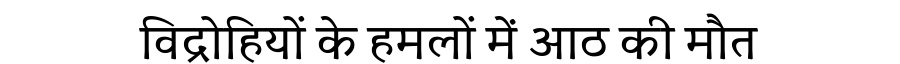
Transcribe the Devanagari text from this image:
विद्रोहियों के हमलों में आठ की मौत